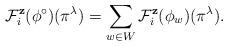
LaTeX: \begin{align*} \mathcal{F}_i^{\mathbf{z}}(\phi^\circ) (\pi^\lambda) = \sum_{w \in W} \mathcal{F}_i^{\mathbf{z}}(\phi_w) (\pi^\lambda). \end{align*}